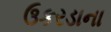
ઉકરડાના